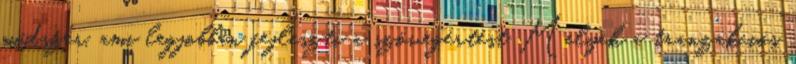
módszer, ami legjobban fejleszti a szövegértést Melyek a tranzakciós